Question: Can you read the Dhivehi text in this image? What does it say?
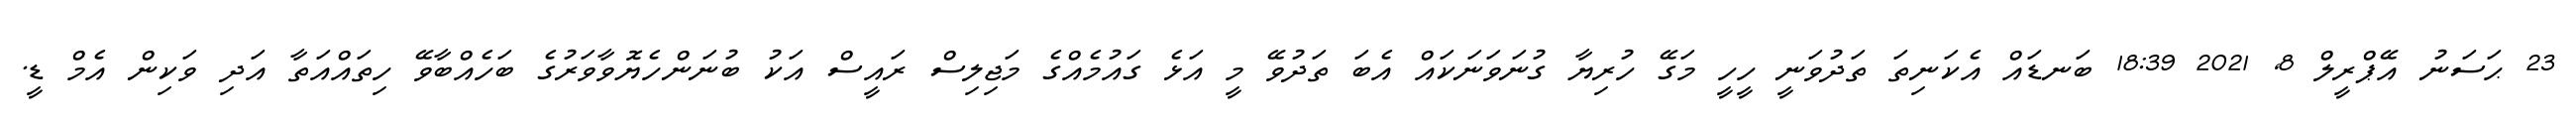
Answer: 23 ޙަސަނު އޭޕްރީލް 8, 2021 18:39 ބަނޑައް އެކަނިތަ ތަދުވަނީ ހީހީ މަގޭ ހުރިޔާ ގުނަވަނަކައް އެބަ ތަދުވޭ މީ އަޅެ ގައުމެއްގެ މަޖިލިސް ރައީސް އަކު ބުނަންހެޔޮވާވަރުގެ ބަހެއްބާވޭ ހިތައްއަތާ އަދި ވަކިން އެމް ޑީ.